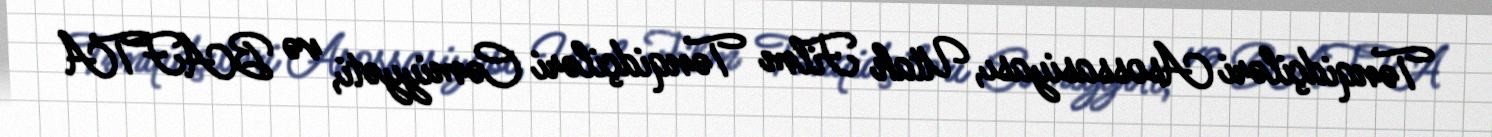
Tənqidçiləri Asossasiyası, Utah Film Tənqidçiləri Cəmiyyəti, və BAFTA